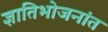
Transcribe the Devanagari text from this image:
ज्ञातिभोजनांत